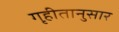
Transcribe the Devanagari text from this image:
गृहीतानुसार